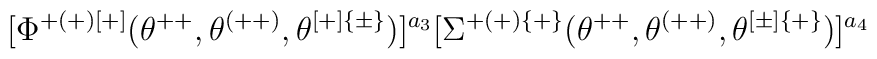
[\Phi^{+(+)[+]}(\theta^{++},\theta^{(++)},\theta^{[+]\{\pm\}})]^{a_3} [\Sigma^{+(+)\{+\}}(\theta^{++},\theta^{(++)},\theta^{[\pm]\{+\}})]^{a_4}